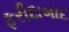
ફરીદાબાદ